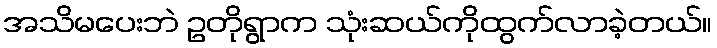
အသိမပေးဘဲ ဥတိုရွာက သုံးဆယ်ကိုထွက်လာခဲ့တယ်။